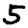
Digit: 5